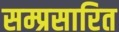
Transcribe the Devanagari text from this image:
सम्प्रसारित